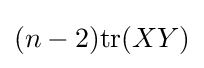
(n-2){\text{tr}}(XY)